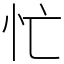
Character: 忙